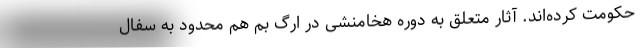
حکومت کرده‌اند. آثار متعلق به دوره هخامنشی در ارگ بم هم محدود به سفال